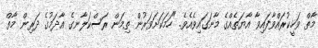
މާތް ވަހީކުރައްވާފައިވާ އާޔަތެއްގެ މާނަގައިވެއެވެ. "ހަމަކަށަވަރުން ތިމަން ރަސްކަލާނގެ އާދަމުގެ ދަރިން މާތް